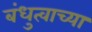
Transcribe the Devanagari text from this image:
बंधुत्वाच्या